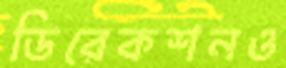
ডিরেকশনও